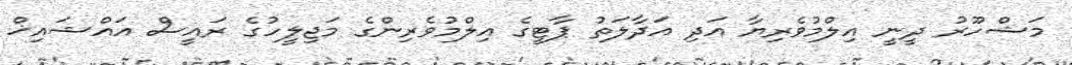
މަޝްހޫރު ދީނީ އިލްމުވެރިޔާ އަދި އަދާލަތު ޕާޓީގެ އިލްމުވެރިންގެ މަޖިލީހުގެ ރައީސް އައްޝައިޚް